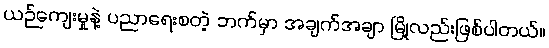
ယဉ်ကျေးမှုနဲ့ ပညာရေးစတဲ့ ဘက်မှာ အချက်အချာ မြို့လည်းဖြစ်ပါတယ်။